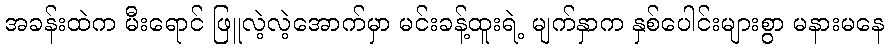
အခန်းထဲက မီးရောင် ဖြူလဲ့လဲ့အောက်မှာ မင်းခန့်ထူးရဲ့ မျက်နှာက နှစ်ပေါင်းများစွာ မနားမနေ